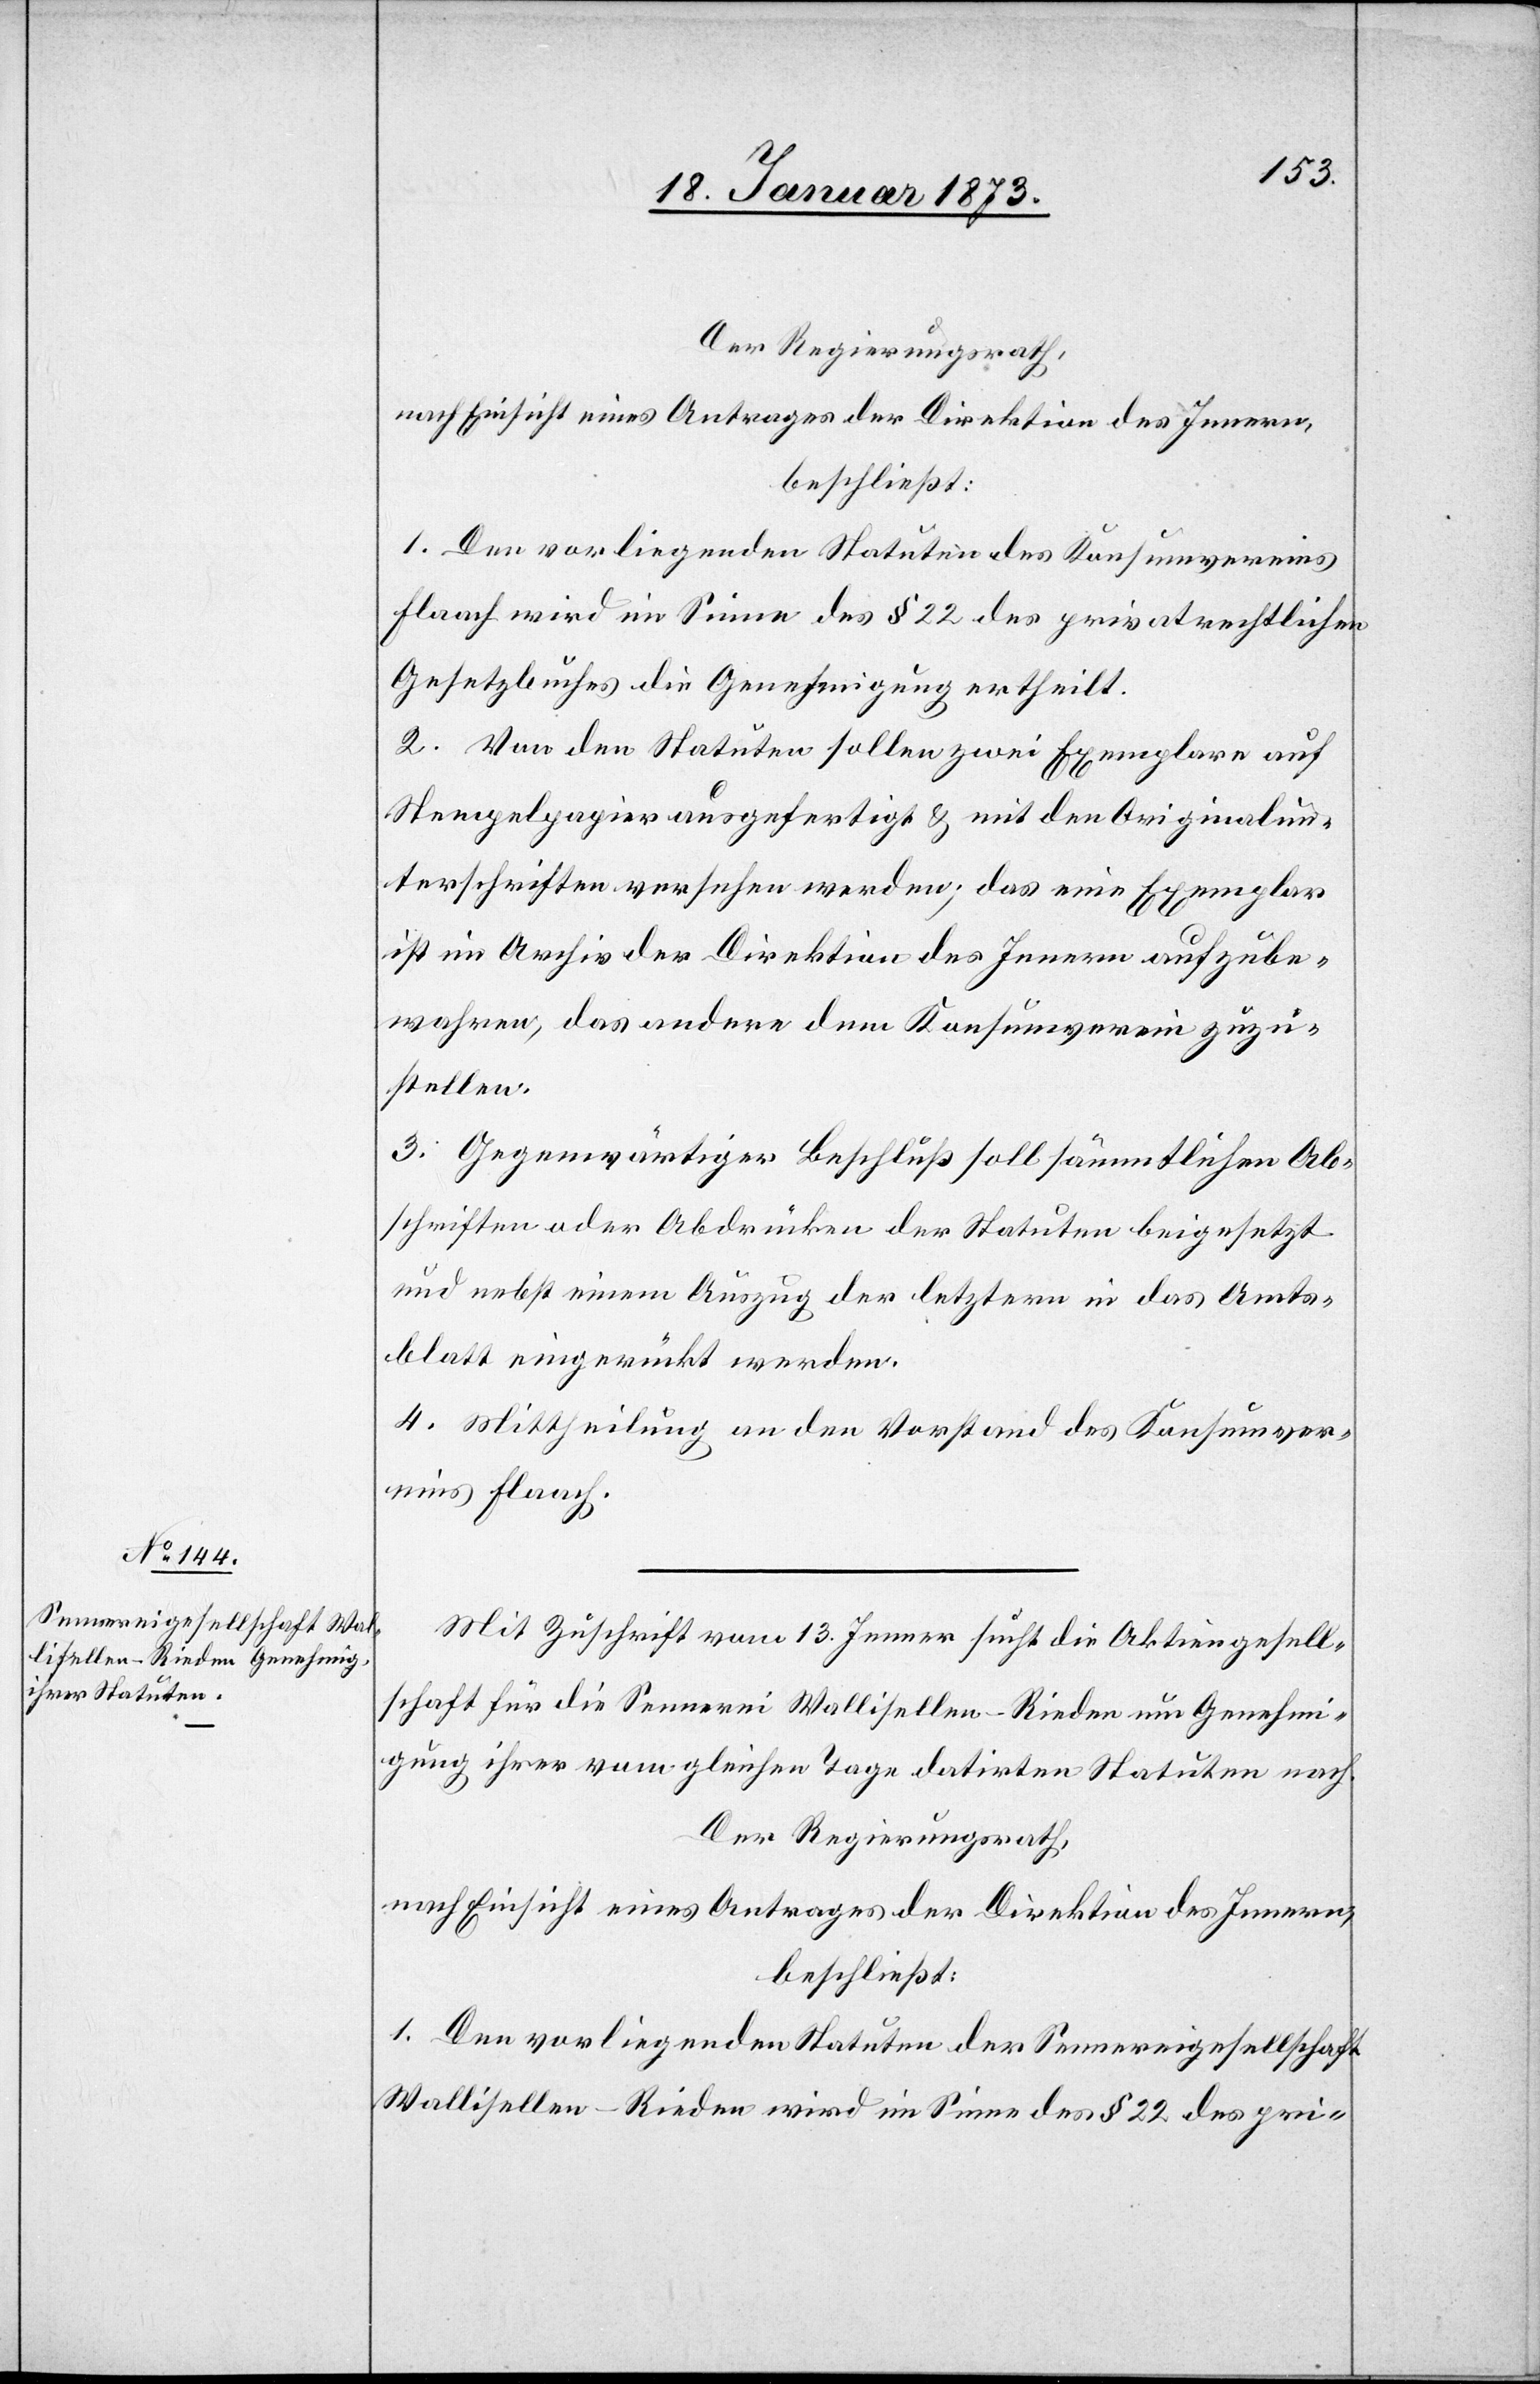
Der Regierungsrath,
nach Einsicht eines Antrages der Direktion des Innern,
beschließt:
1. Den vorliegenden Statuten des Konsumvereins
Flaach wird im Sinne des § 22 des privatrechtlichen
Gesetzbuches die Genehmigung ertheilt.
2. Von den Statuten sollen zwei Exemplare auf
Stempelpapier ausgefertigt u. mit den Originalun¬
terschriften versehen werden; das eine Exemplar
ist im Archiv der Direktion des Innern aufzube¬
wahren, das andere dem Konsumverein zuzu¬
stellen.
3. Gegenwärtiger Beschluß soll sämmtlichen Ab¬
schriften oder Abdrucken der Statuten beigesetzt
und nebst einem Auszug der letztern in das Amts¬
blatt eingerückt werden.
4. Mittheilung an den Vorstand des Konsumver¬
eins Flaach.
Mit Zuschrift vom 13. Jenner sucht die Aktiengesell¬
schaft für die Sennerei Wallisellen-Rieden um Genehmi¬
gung ihrer vom gleichen Tage datirten Statuten nach.
Der Regierungsrath,
nach Einsicht eines Antrages der Direktion des Innern,
beschließt:
1. Den vorliegenden Statuten der Sennereigesellschaft
Wallisellen-Rieden wird im Sinne des § 22 des pri-